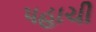
પહાચી